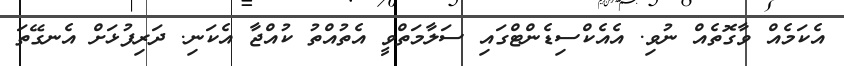
އެކަމެއް ވާގޮތެއް ނުވި. އެއެކްސިޑެންޓްގައި ސަލާމަތްވީ އެތުއްތު ކުއްޖާ އެކަނި. ދަރިފުޅަށް އެނގޭތަ